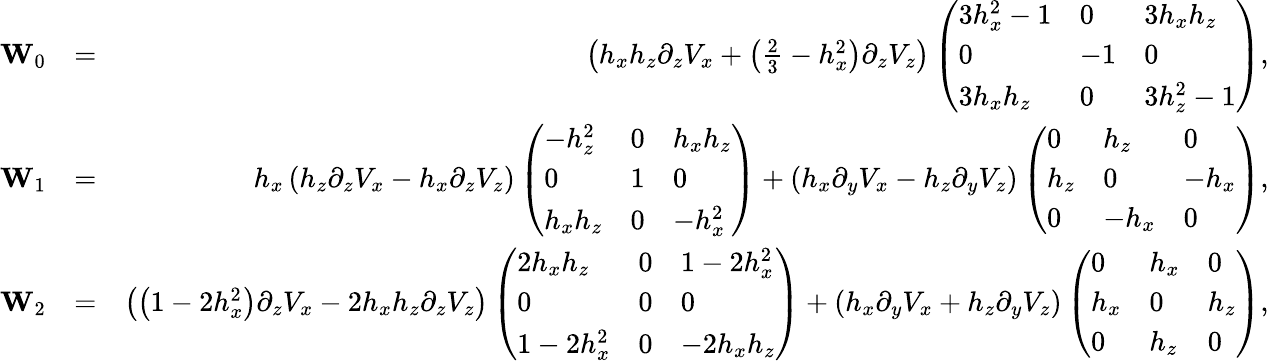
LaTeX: \begin{array}{rlr}{\mathbf{W}_{0}}&{=}&{\left(h_{x}h_{z}\partial_{z}V_{x}+\left(\frac{2}{3}-h_{x}^{2}\right)\partial_{z}V_{z}\right)\left(\begin{array}{lll}{3h_{x}^{2}-1}&{0}&{3h_{x}h_{z}}\\ {0}&{-1}&{0}\\ {3h_{x}h_{z}}&{0}&{3h_{z}^{2}-1}\end{array}\right),}\\ {\mathbf{W}_{1}}&{=}&{h_{x}\left(h_{z}\partial_{z}V_{x}-h_{x}\partial_{z}V_{z}\right)\left(\begin{array}{lll}{-h_{z}^{2}}&{0}&{h_{x}h_{z}}\\ {0}&{1}&{0}\\ {h_{x}h_{z}}&{0}&{-h_{x}^{2}}\end{array}\right)+\left(h_{x}\partial_{y}V_{x}-h_{z}\partial_{y}V_{z}\right)\left(\begin{array}{lll}{0}&{h_{z}}&{0}\\ {h_{z}}&{0}&{-h_{x}}\\ {0}&{-h_{x}}&{0}\end{array}\right),}\\ {\mathbf{W}_{2}}&{=}&{\left(\left(1-2h_{x}^{2}\right)\partial_{z}V_{x}-2h_{x}h_{z}\partial_{z}V_{z}\right)\left(\begin{array}{lll}{2h_{x}h_{z}}&{0}&{1-2h_{x}^{2}}\\ {0}&{0}&{0}\\ {1-2h_{x}^{2}}&{0}&{-2h_{x}h_{z}}\end{array}\right)+\left(h_{x}\partial_{y}V_{x}+h_{z}\partial_{y}V_{z}\right)\left(\begin{array}{lll}{0}&{h_{x}}&{0}\\ {h_{x}}&{0}&{h_{z}}\\ {0}&{h_{z}}&{0}\end{array}\right),}\end{array}